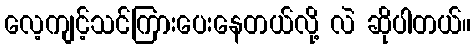
လေ့ကျင့်သင်ကြားပေးနေတယ်လို့ လဲ ဆိုပါတယ်။